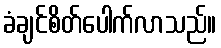
ခံချင်စိတ်ပေါက်လာသည်။